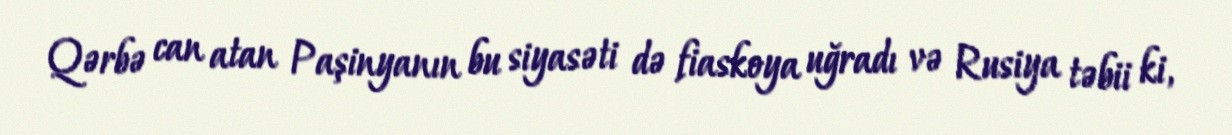
Qərbə can atan Paşinyanın bu siyasəti də fiaskoya uğradı və Rusiya təbii ki,